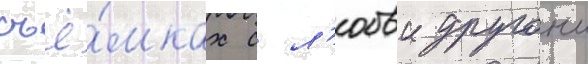
съё́мках с л'юбои другои